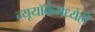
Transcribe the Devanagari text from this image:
न्यूयॉर्कमध्येही